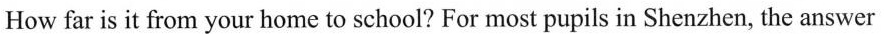
How far is it from your home to school? For most pupils in Shenzhen, the answer